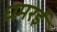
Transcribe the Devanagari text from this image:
धमरई